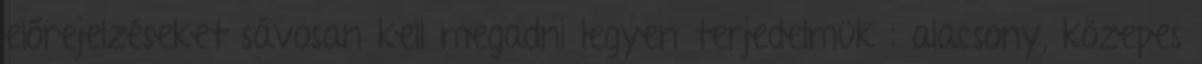
előrejelzéseket sávosan kell megadni legyen terjedelmük : alacsony, közepes